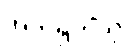
အဘိရုဟိံသု